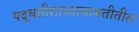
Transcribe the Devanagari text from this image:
पद्धतीशास्त्राबाबतीतील